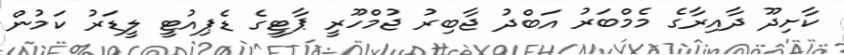
ކާށިދޫ ދާއިރާގެ މެމްބަރު އަބްދު ޖާބިރު ޖުމްހޫރީ ޕާޓީގެ ޑެޕިއުޓީ ލީޑަރު ކަމުން